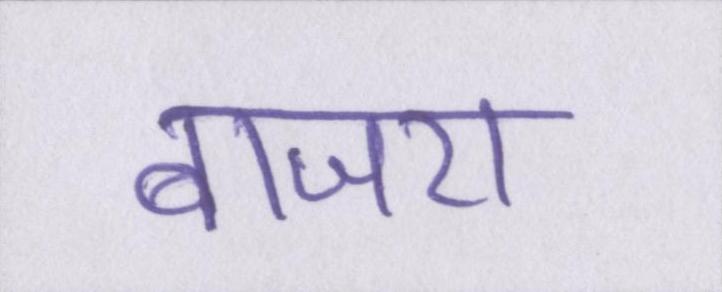
बाजरा